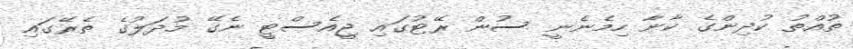
ތުއްތު ކުދިންގެ ކާނާ ހިމެނެނީ ސުން ރޭޓުގައި ޖީއެސްޓީ ނެގޭ މުދަލުގެ ތެރޭގައި